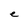
Character: e